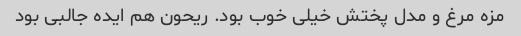
مزه مرغ و مدل پختش خیلی خوب بود. ریحون هم ایده جالبی بود